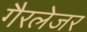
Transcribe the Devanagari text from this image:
गैरलेजर